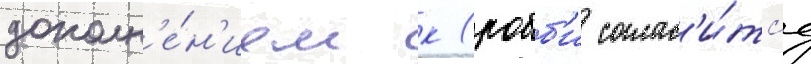
дополн'е́н'ием к (робб'и соглас'и́тс'я